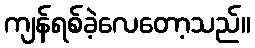
ကျန်ရစ်ခဲ့လေတော့သည်။